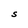
Character: S